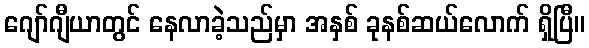
ဂျော်ဂျီယာတွင် နေလာခဲ့သည်မှာ အနှစ် ခုနစ်ဆယ်လောက် ရှိပြီ။